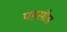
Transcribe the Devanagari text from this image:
पहसौल